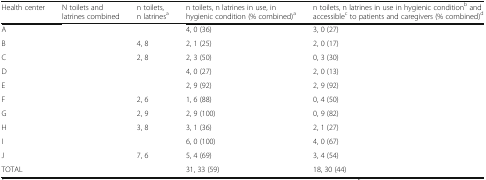
<table><thead><tr><td><b>Health center</b></td><td><b>N toilets and latrines combined</b></td><td><b>n toilets, n latrines<sup>a</sup></b></td><td><b>n toilets, n latrines in use, in hygienic condition (% combined)<sup>a</sup></b></td><td><b>n toilets, n latrines in use in hygienic condition<sup>b</sup> and accessible<sup>c</sup> to patients and caregivers (% combined)<sup>d</sup></b></td></tr></thead><tbody><tr><td>A</td><td>[EMPTY_CELL]</td><td>[EMPTY_CELL]</td><td>4, 0 (36)</td><td>3, 0 (27)</td></tr><tr><td>B</td><td>[EMPTY_CELL]</td><td>4, 8</td><td>2, 1 (25)</td><td>2, 0 (17)</td></tr><tr><td>C</td><td>[EMPTY_CELL]</td><td>2, 8</td><td>2, 3 (50)</td><td>0, 3 (30)</td></tr><tr><td>D</td><td>[EMPTY_CELL]</td><td>[EMPTY_CELL]</td><td>4, 0 (27)</td><td>2, 0 (13)</td></tr><tr><td>E</td><td>[EMPTY_CELL]</td><td>[EMPTY_CELL]</td><td>2, 9 (92)</td><td>2, 9 (92)</td></tr><tr><td>F</td><td>[EMPTY_CELL]</td><td>2, 6</td><td>1, 6 (88)</td><td>0, 4 (50)</td></tr><tr><td>G</td><td>[EMPTY_CELL]</td><td>2, 9</td><td>2, 9 (100)</td><td>0, 9 (82)</td></tr><tr><td>H</td><td>[EMPTY_CELL]</td><td>3, 8</td><td>3, 1 (36)</td><td>2, 1 (27)</td></tr><tr><td>I</td><td>[EMPTY_CELL]</td><td>[EMPTY_CELL]</td><td>6, 0 (100)</td><td>4, 0 (67)</td></tr><tr><td>J</td><td>[EMPTY_CELL]</td><td>7, 6</td><td>5, 4 (69)</td><td>3, 4 (54)</td></tr><tr><td>TOTAL</td><td>[EMPTY_CELL]</td><td>[EMPTY_CELL]</td><td>31, 33 (59)</td><td>18, 30 (44)</td></tr></tbody></table>